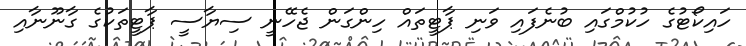
ހައިކޯޓުގެ ހުކުމްގައި ބުނެފައި ވަނި ޕާޓީތައް ހިންގަން ޖެހޭނީ ސިޔާސީ ޕާޓީތަކުގެ ގާނޫނާއި